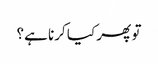
تو پھر کیا کرنا ہے؟